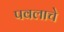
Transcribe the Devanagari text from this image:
पवलाचे